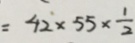
= 4 2 \times 5 5 \times \frac { 1 } { 2 }